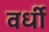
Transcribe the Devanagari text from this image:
वर्धी